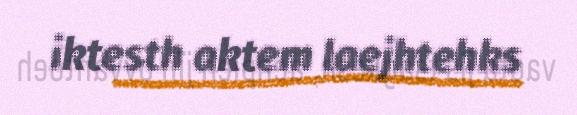
iktesth aktem laejhtehks